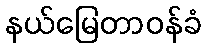
နယ်မြေတာဝန်ခံ